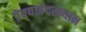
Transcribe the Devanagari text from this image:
प्रेतयात्रेदरम्यान